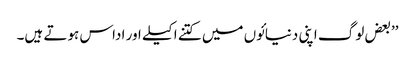
’’بعض لوگ اپنی دنیائوں میں کتنے اکیلے اور اداس ہوتے ہیں۔